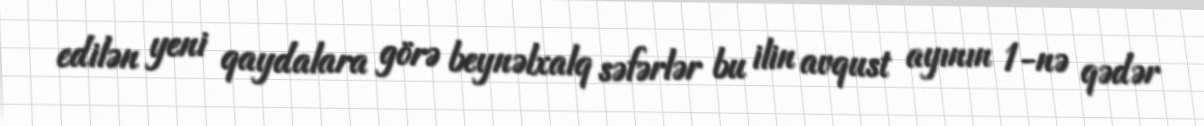
edilən yeni qaydalara görə beynəlxalq səfərlər bu ilin avqust ayının 1-nə qədər